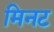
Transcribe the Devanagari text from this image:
मिनट